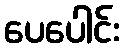
ပေပေါင်း